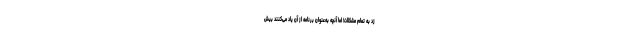
زد به تمام مشکلات! اما آنچه به‌عنوان برنامه از آن یاد می‌کنند بیش